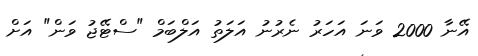
އޭނާ 2000 ވަނަ އަހަރު ނެރުނު އަލަތު އަލްބަމް "ސްޓޭޖު ވަން" އަށް